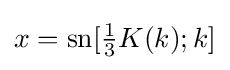
x={\text{sn}}[{\tfrac {1}{3}}K(k);k]